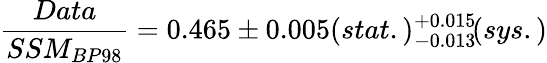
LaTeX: {\frac{Data}{SSM_{BP98}}}=0.465\pm 0.005(stat.){}_{-0.013}^{+0.015}\! (sys.)